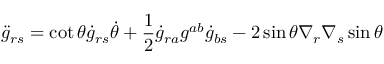
{ \ddot { g } } _ { r s } = \cot \theta { \dot { g } } _ { r s } { \dot { \theta } } + \frac { 1 } { 2 } { \dot { g } } _ { r a } g ^ { a b } { \dot { g } } _ { b s } - 2 \sin \theta \nabla _ { r } \nabla _ { s } \sin \theta